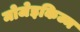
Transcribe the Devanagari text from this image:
मोजेइकिज्म